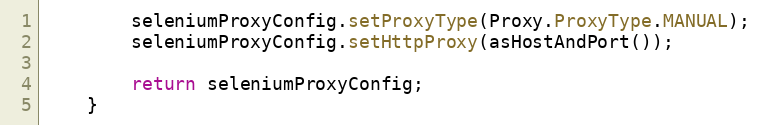
Language: Java
        seleniumProxyConfig.setProxyType(Proxy.ProxyType.MANUAL);
        seleniumProxyConfig.setHttpProxy(asHostAndPort());

        return seleniumProxyConfig;
    }